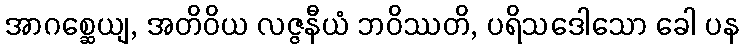
အာဂစ္ဆေယျ, အတိဝိယ လဇ္ဇနီယံ ဘဝိဿတိ, ပရိသဒေါသော ခေါ ပန